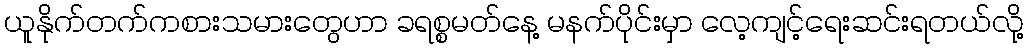
ယူနိုက်တက်ကစားသမားတွေဟာ ခရစ္စမတ်နေ့ မနက်ပိုင်းမှာ လေ့ကျင့်ရေးဆင်းရတယ်လို့